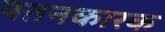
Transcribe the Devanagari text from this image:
पतनकारक